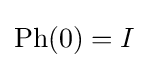
\mathrm {Ph} (0)=I